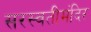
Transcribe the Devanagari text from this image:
सरस्वतीमंदिर